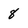
Character: 8